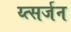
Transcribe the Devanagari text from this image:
य्त्सर्जन